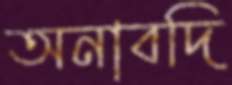
অনাবদি